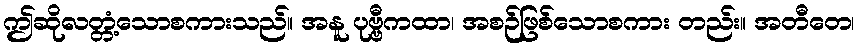
ဤဆိုလတ္တံ့သောစကားသည်။ အနူ ပုဗ္ဗီကထာ၊ အစဉ်ဖြစ်သောစကား တည်း။ အတီတေ၊